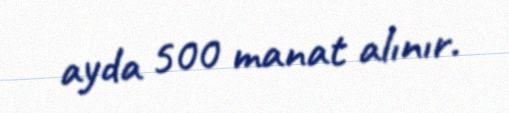
ayda 500 manat alınır.